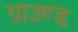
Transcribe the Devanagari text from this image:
ग्राउण्‍ड